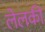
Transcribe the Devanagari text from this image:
लेलकी